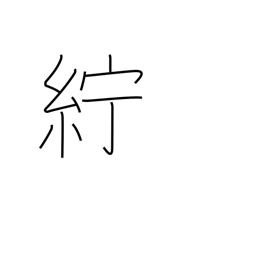
Meaning: linen